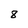
Character: 8